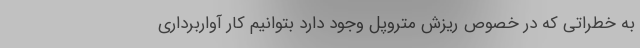
به خطراتی که در خصوص ریزش متروپل وجود دارد بتوانیم کار آواربرداری